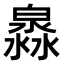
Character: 𤀁